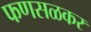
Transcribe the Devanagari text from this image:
फणसळकर